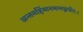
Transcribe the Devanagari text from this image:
अन्तमर्हिमानमानञ्जधीरः।